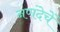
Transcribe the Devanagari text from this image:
नणंदेचें